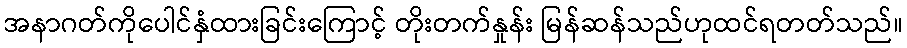
အနာဂတ်ကိုပေါင်နှံထားခြင်းကြောင့် တိုးတက်နှုန်း မြန်ဆန်သည်ဟုထင်ရတတ်သည်။